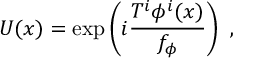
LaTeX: U ( x ) = \exp \left( i \frac { T ^ { i } \phi ^ { i } ( x ) } { f _ { \phi } } \right) ~ ,